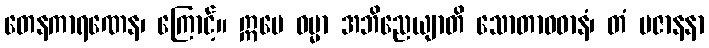
တေနကာရဏေန၊ ကြောင့်။ ဣမေ ဓမ္မာ အဘိညေယျာတိ သောတာဝဓာနံ၊ တံ ပဇာနနာ